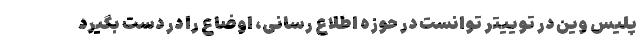
پلیس وین در توییتر توانست در حوزه اطلاع رسانی، اوضاع را در دست بگیرد